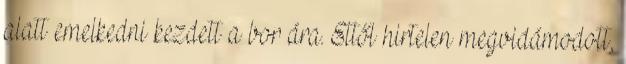
alatt emelkedni kezdett a bor ára. Ettől hirtelen megvidámodott,